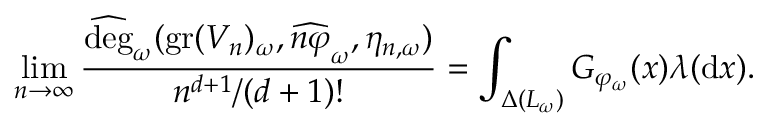
\begin{array} { r } { \displaystyle \operatorname* { l i m } _ { n \to \infty } \frac { \widehat { \deg } _ { \omega } ( \operatorname { g r } ( V _ { n } ) _ { \omega } , \widehat { n \varphi } _ { \omega } , \eta _ { n , \omega } ) } { n ^ { d + 1 } / ( d + 1 ) ! } = \int _ { \Delta ( L _ { \omega } ) } G _ { \varphi _ { \omega } } ( x ) \lambda ( \mathrm { d } x ) . } \end{array}